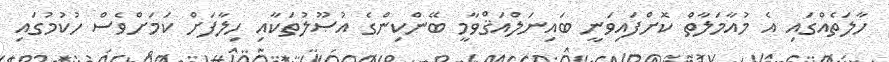
ހާލަތެއްގައި އެ މުއާމަލާތް ކޮށްފައިވަނީ ބައިނަލްއަޤްވާމީ ބޭންކިންގެ އުޞޫލުތަކާއި ހިލާފަށް ކަމަށްވެސް ހުކުމުގައި